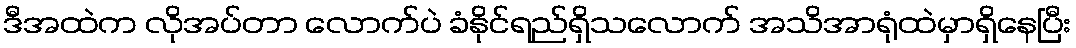
ဒီအထဲက လိုအပ်တာ လောက်ပဲ ခံနိုင်ရည်ရှိသလောက် အသိအာရုံထဲမှာရှိနေပြီး